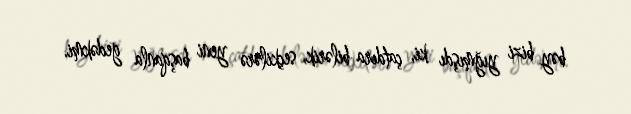
bəy bizi yığmışdı ki, çatdıra bilərik, seçkilərə yeni başqanla gedəkmi.